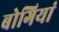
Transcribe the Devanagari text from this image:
बोगियां